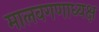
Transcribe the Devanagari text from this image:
मालवगणाध्यक्ष